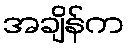
အချိန်က